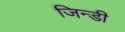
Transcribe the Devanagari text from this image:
जिन्डी